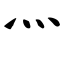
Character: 灬